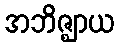
အဘိဇ္ဈာယ